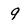
Character: 9